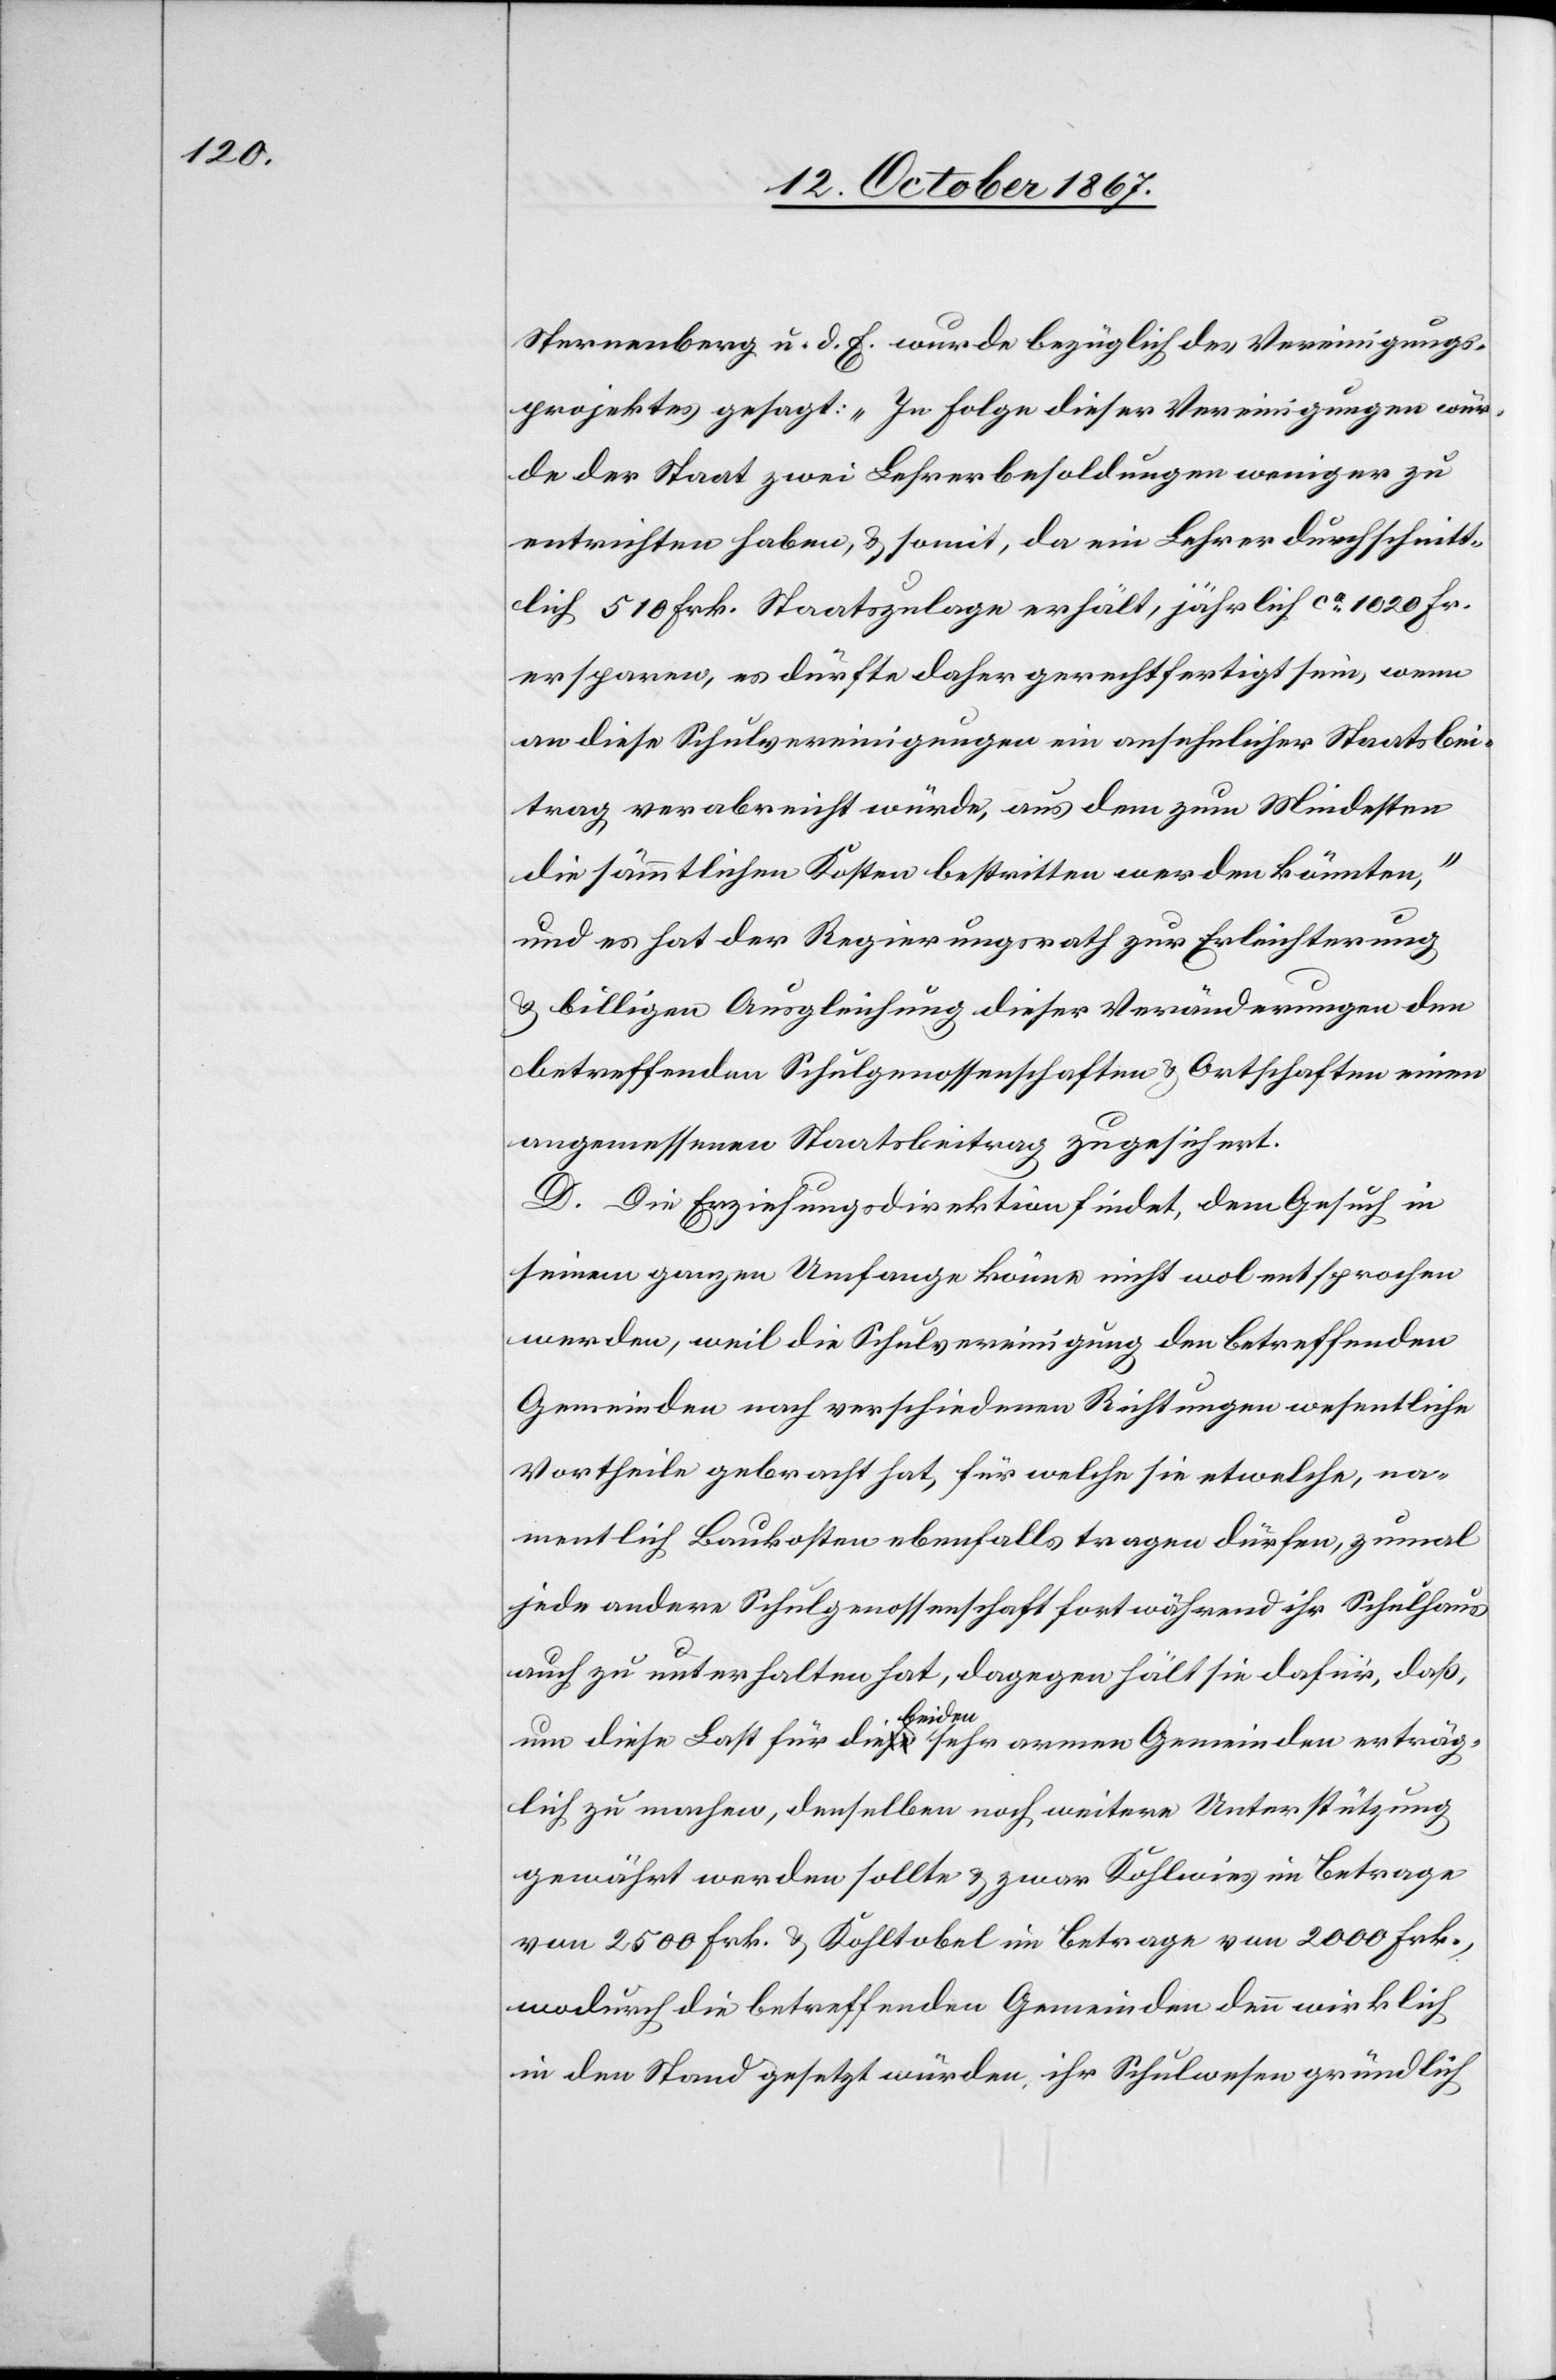
Sternenberg u. d. E. wurde bezüglich des Vereinigungs¬
projektes gesagt: „In Folge dieser Vereinigungen wür¬
de der Staat zwei Lehrbesoldungen weniger zu
entrichten haben, u. somit, da ein Lehrer durchschnitt¬
lich 510 Frk. Staatszulage erhält, jährlich ca 1020 Fr.
ersparen, es dürfte daher gerechtfertigt sein, wenn
an diese Schulvereinigungen ein ansehnlicher Staatsbei¬
trag verabreicht würde, aus dem zum Mindesten
die sämmtlichen Kosten bestritten werden könnten,“
und es hat der Regierungsrath zur Erleichterung
u. billigen Ausgleichung dieser Veränderungen den
betreffenden Schulgenossenschaften u. Ortschaften einen
angemessenen Staatsbeitrag zugesichert.
D. Die Erziehungsdirektion findet, dem Gesuch in
seinem ganzen Umfang könne nicht wol entsprochen
werden, weil die Schulvereinigung den betreffenden
Gemeinden nach verschiedenen Richtungen wesentliche
Vortheile gebracht hat, für welche sie etwelche, na¬
mentlich Baukosten ebenfalls tragen dürfen, zumal
jede andere Schulgenossenschaft fortwährend ihr Schulhaus
auch zu unterhalten hat, dagegen hält sie dafür, daß,
um diese Last für die beiden sehr armen Gemeinden erträg¬
lich zu machen, denselben noch weitere Unterstützung
gewährt werden sollte u. zwar Kohlwies im Betrag
von 2500 Frk. u. Kohltobel im Betrage von 2000 Frk.,
wodurch die betreffenden Gemeinden denn wirklich
in den Stand gesetzt würden, ihr Schulwesen gründlich